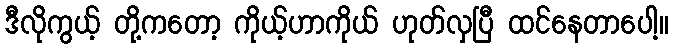
ဒီလိုကွယ့် တို့ကတော့ ကိုယ့်ဟာကိုယ် ဟုတ်လှပြီ ထင်နေတာပေါ့။